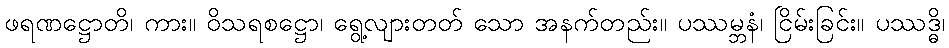
ဖရဏဋ္ဌောတိ၊ ကား။ ဝိသရစဋ္ဌော၊ ရွေ့လျားတတ် သော အနက်တည်း။ ပဿမ္ဘနံ၊ ငြိမ်းခြင်း။ ပဿဒ္ဓိ၊